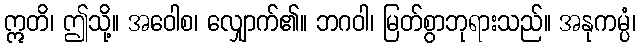
ဣတိ၊ ဤသို့။ အဝေါစ၊ လျှောက်၏။ ဘဂဝါ၊ မြတ်စွာဘုရားသည်။ အနုကမ္ပံ၊